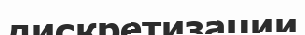
дискретизации